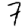
Digit: 7